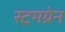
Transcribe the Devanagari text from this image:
स्ट्रमग्रेन